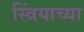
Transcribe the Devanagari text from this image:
स्त्रिंयाच्या